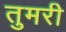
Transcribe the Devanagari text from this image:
तुमरी